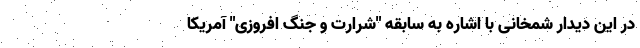
در این دیدار شمخانی با اشاره به سابقه "شرارت و جنگ افروزی" آمریکا